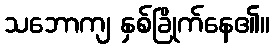
သဘောကျ နှစ်ခြိုက်နေ၏။